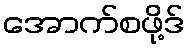
အောက်စဖို့ဒ်